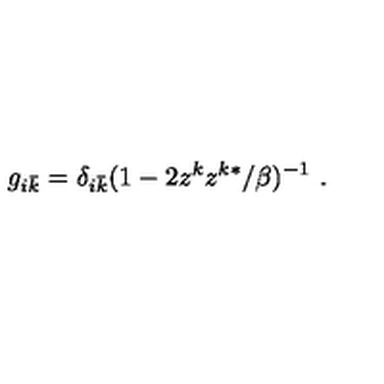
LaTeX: g _ { i \bar { k } } = \delta _ { i \bar { k } } ( 1 - 2 z ^ { k } z ^ { k * } / \beta ) ^ { - 1 } \ .